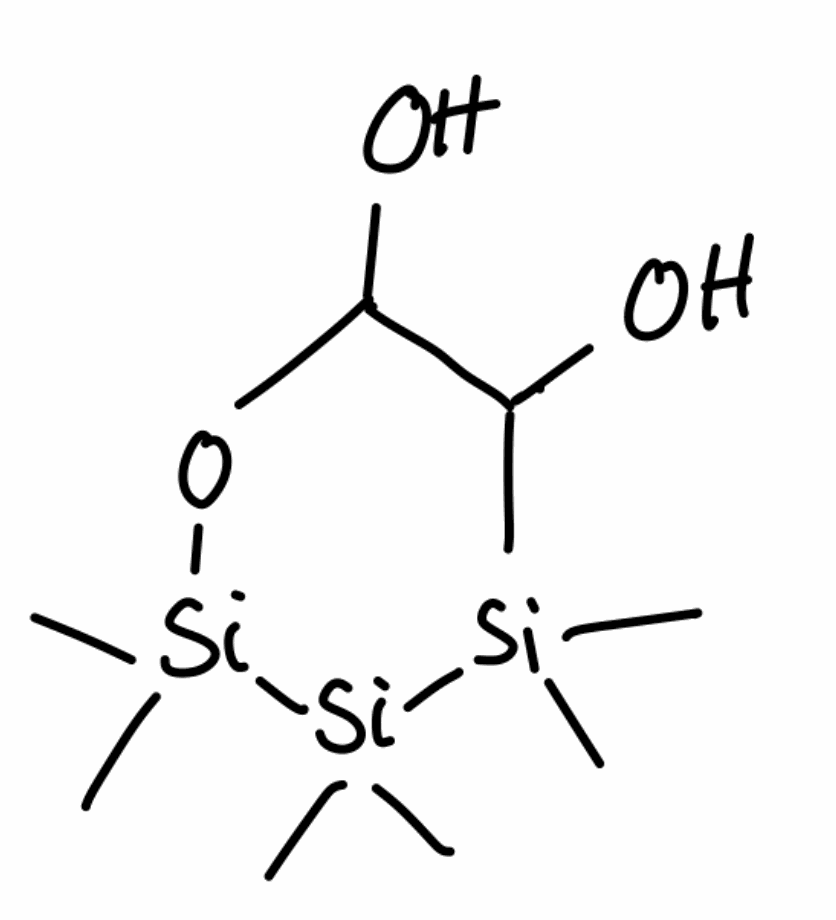
Simplified molecular-input line-entry system (SMILES) notation of the given molecule:
C[Si]1(C(C(O[Si]([Si]1(C)C)(C)C)O)O)C